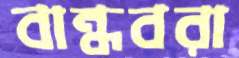
বান্ধবরা